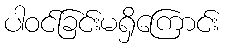
ပါဝင်ခြင်းမရှိကြောင်း